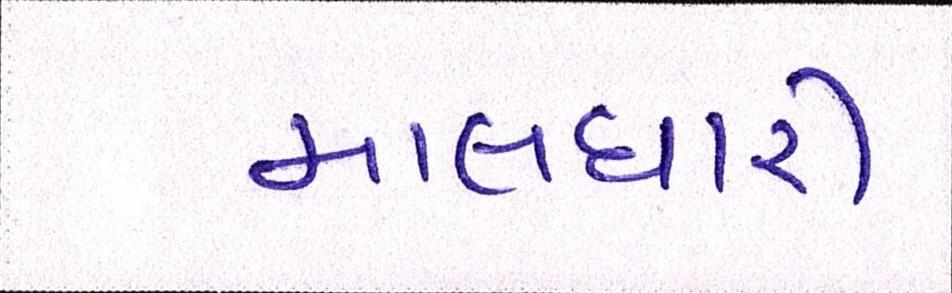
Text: માલધારી